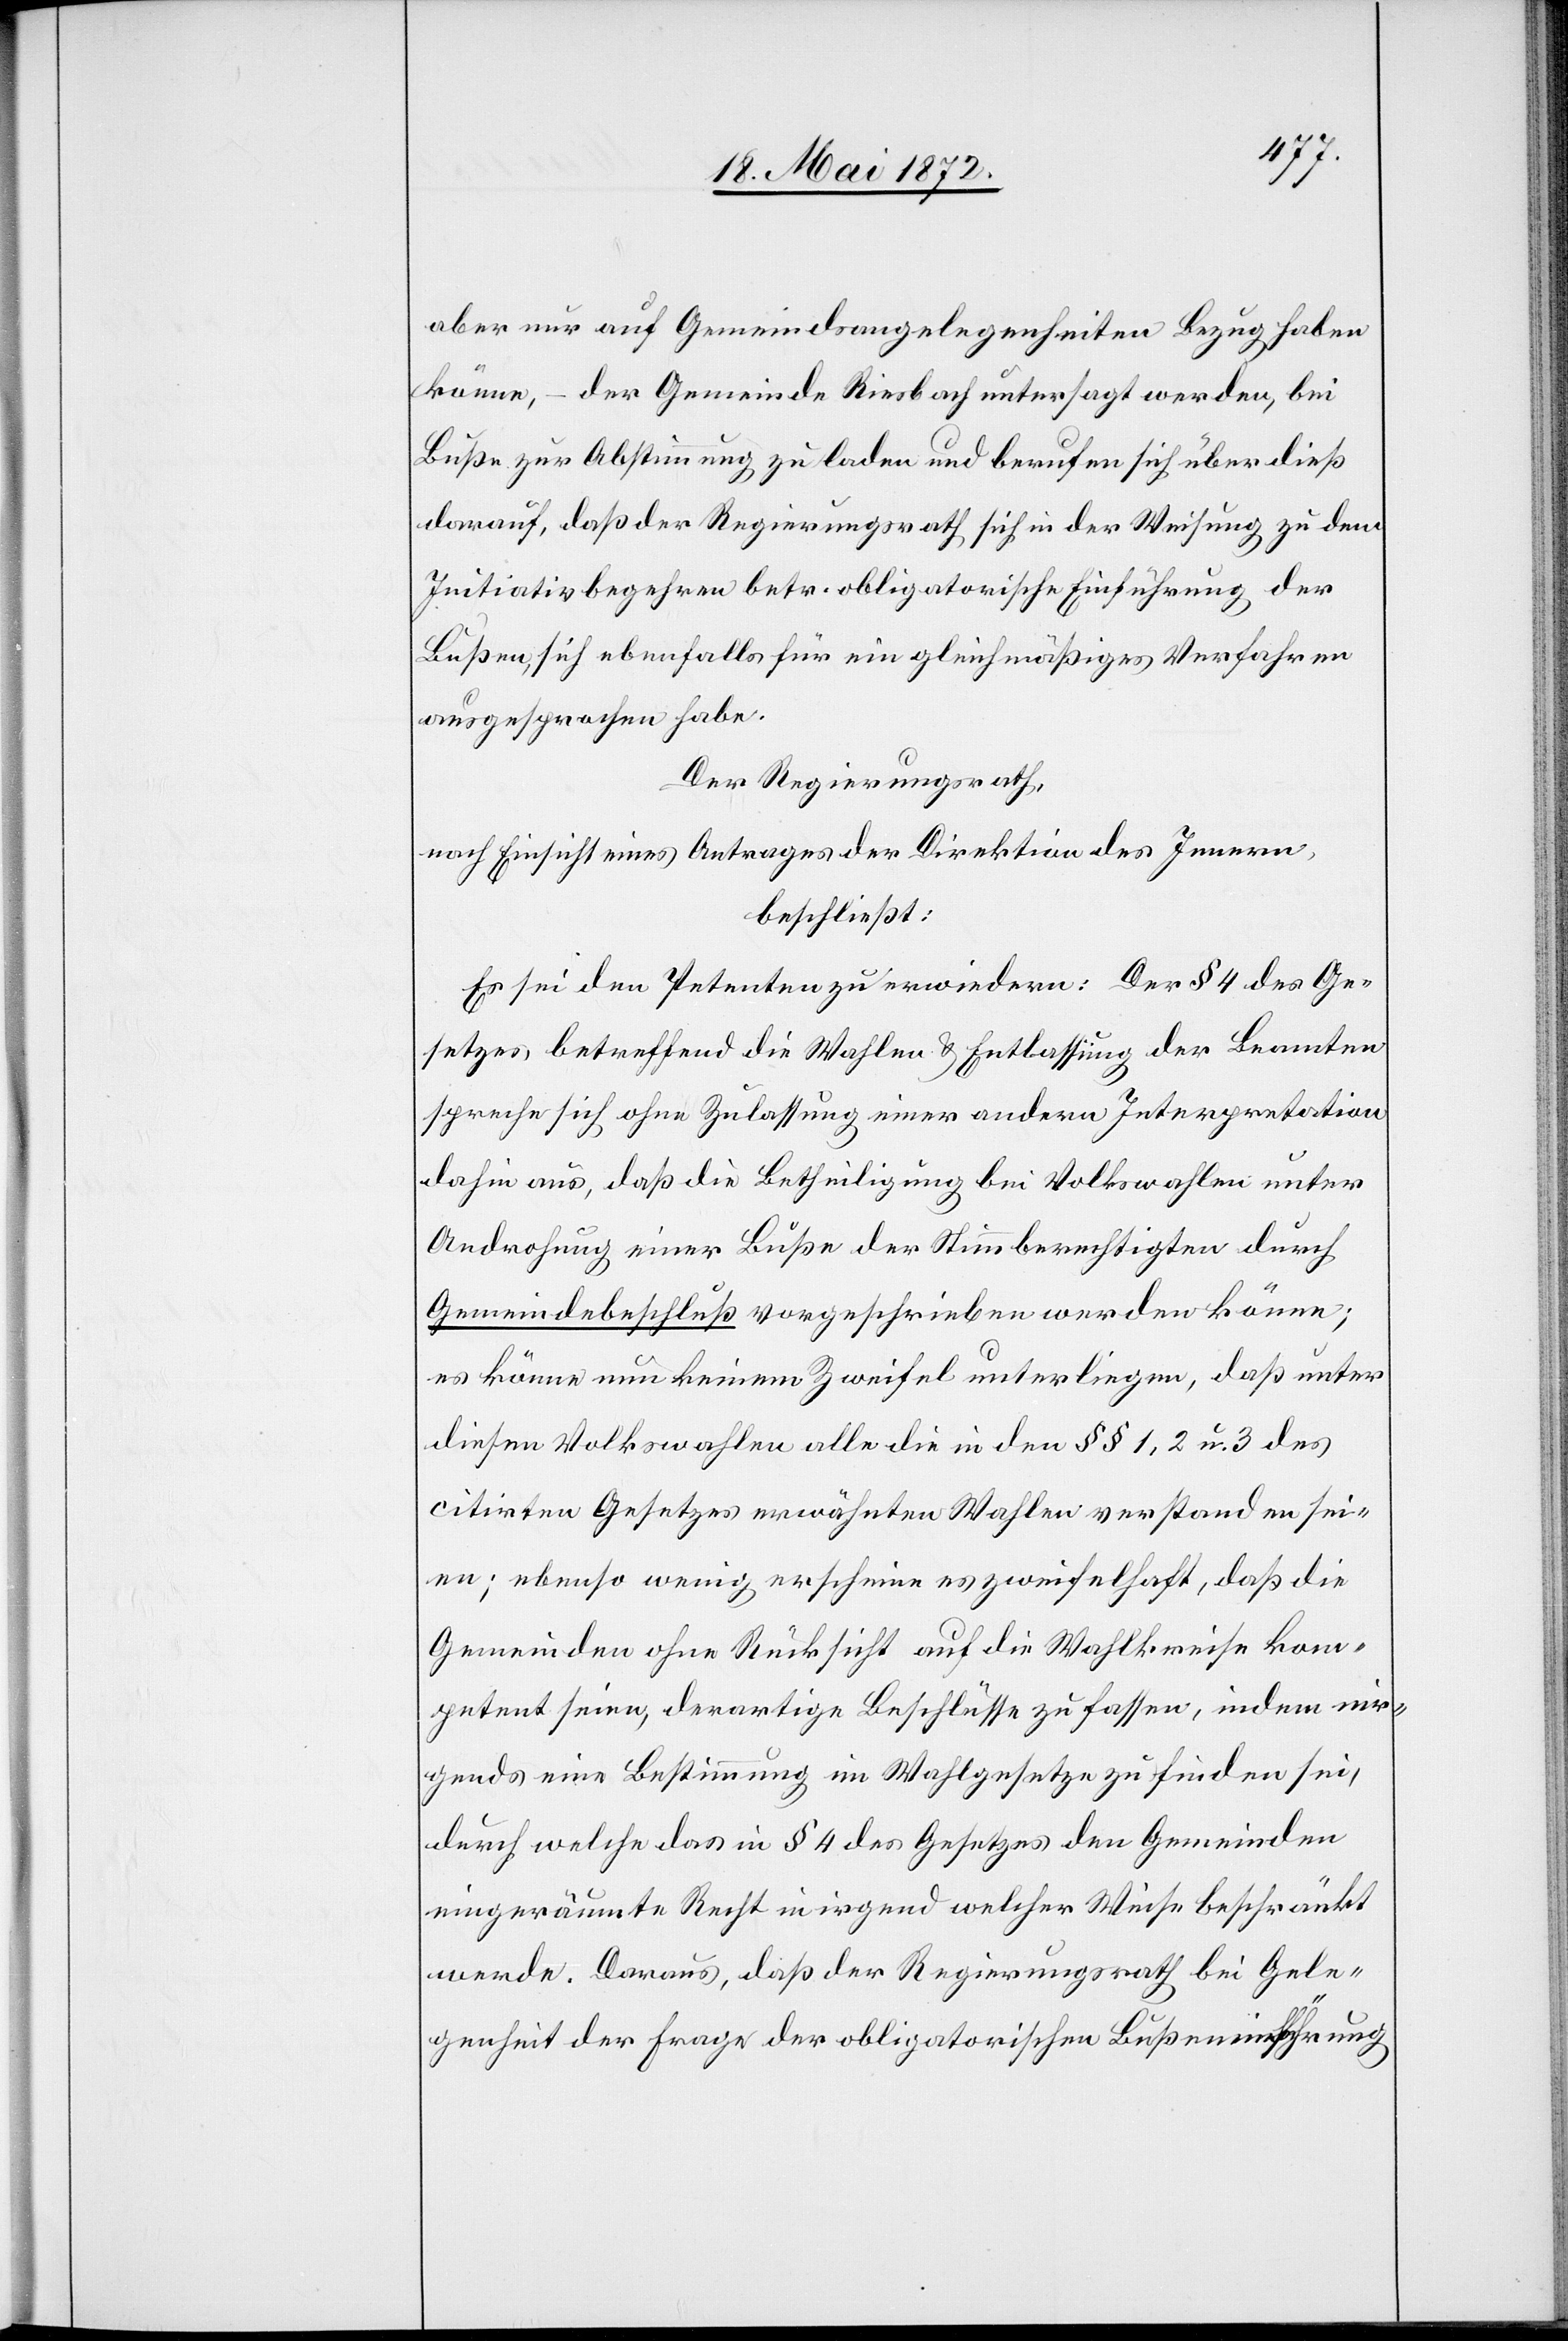
aber nur auf Gemeindsangelegenheiten Bezug haben
könne, – der Gemeinde Riesbach untersagt werden, bei
Buße zur Abstimmung zu laden und berufen sich über dieß
darauf, daß der Regierungsrath sich in der Weisung zu dem
Initiativbegehren betr. obligatorische Einführung der
Bußen, sich ebenfalls für ein gleichmäßiges Verfahren
ausgesprochen habe.
Der Regierungsrath,
nach Einsicht eines Antrages der Direktion des Innern,
beschließt:
Es sei den Petenten zu erwiedern: Der § 4 des Ge¬
setzes, betreffend die Wahlen u. Entlassung der Beamten
spreche sich ohne Zulassung einer andern Interpretation
dahin aus, daß die Betheiligung bei Volkswahlen unter
Androhung einer Buße der Stimmberechtigen durch
Gemeindebeschluß vorgeschrieben werden könne;
es könne nun keinem Zweifel unterliegen, daß unter
diesen Volkswahlen all die in den §§ 1, 2 u. 3 des
citirten Gesetzes erwähnten Wahlen verstanden sei¬
en; ebenso wenig erscheine es zweifelhaft, daß die
Gemeinden ohne Rücksicht auf die Wahlkreise kom¬
petent seien, derartige Beschlüsse zu fassen, indem nir¬
gends eine Bestimmung im Wahlgesetze zu finden sei,
durch welche das in § 4 des Gesetzes den Gemeinden
eingeräumte Recht in irgend welcher Weise beschränkt
werde. Daraus, daß der Regierungsrath bei Gele¬
genheit der Frage der obligatorischen Bußeneinführung